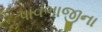
પાવભાજીના